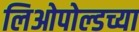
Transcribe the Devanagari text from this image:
लिओपोल्डच्या